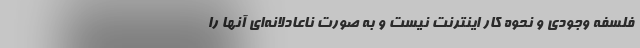
فلسفه وجودی و نحوه کار اینترنت نیست و به صورت ناعادلانه‌ای آنها را